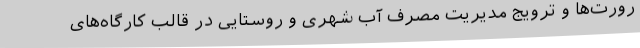
رورت‌ها و ترویج مدیریت مصرف آب شهری و روستایی در قالب کارگاه‌های